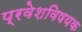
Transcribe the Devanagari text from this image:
प्रवेशविषयक